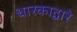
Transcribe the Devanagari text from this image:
धारकाद्वारे